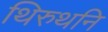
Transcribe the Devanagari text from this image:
थिरुथनि